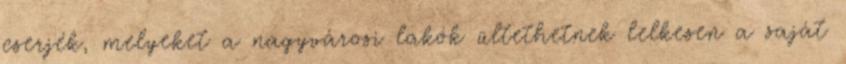
cserjék, melyeket a nagyvárosi lakók ültethetnek lelkesen a saját